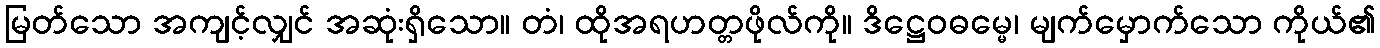
မြတ်သော အကျင့်လျှင် အဆုံးရှိသော။ တံ၊ ထိုအရဟတ္တဖိုလ်ကို။ ဒိဋ္ဌေဝဓမ္မေ၊ မျက်မှောက်သော ကိုယ်၏